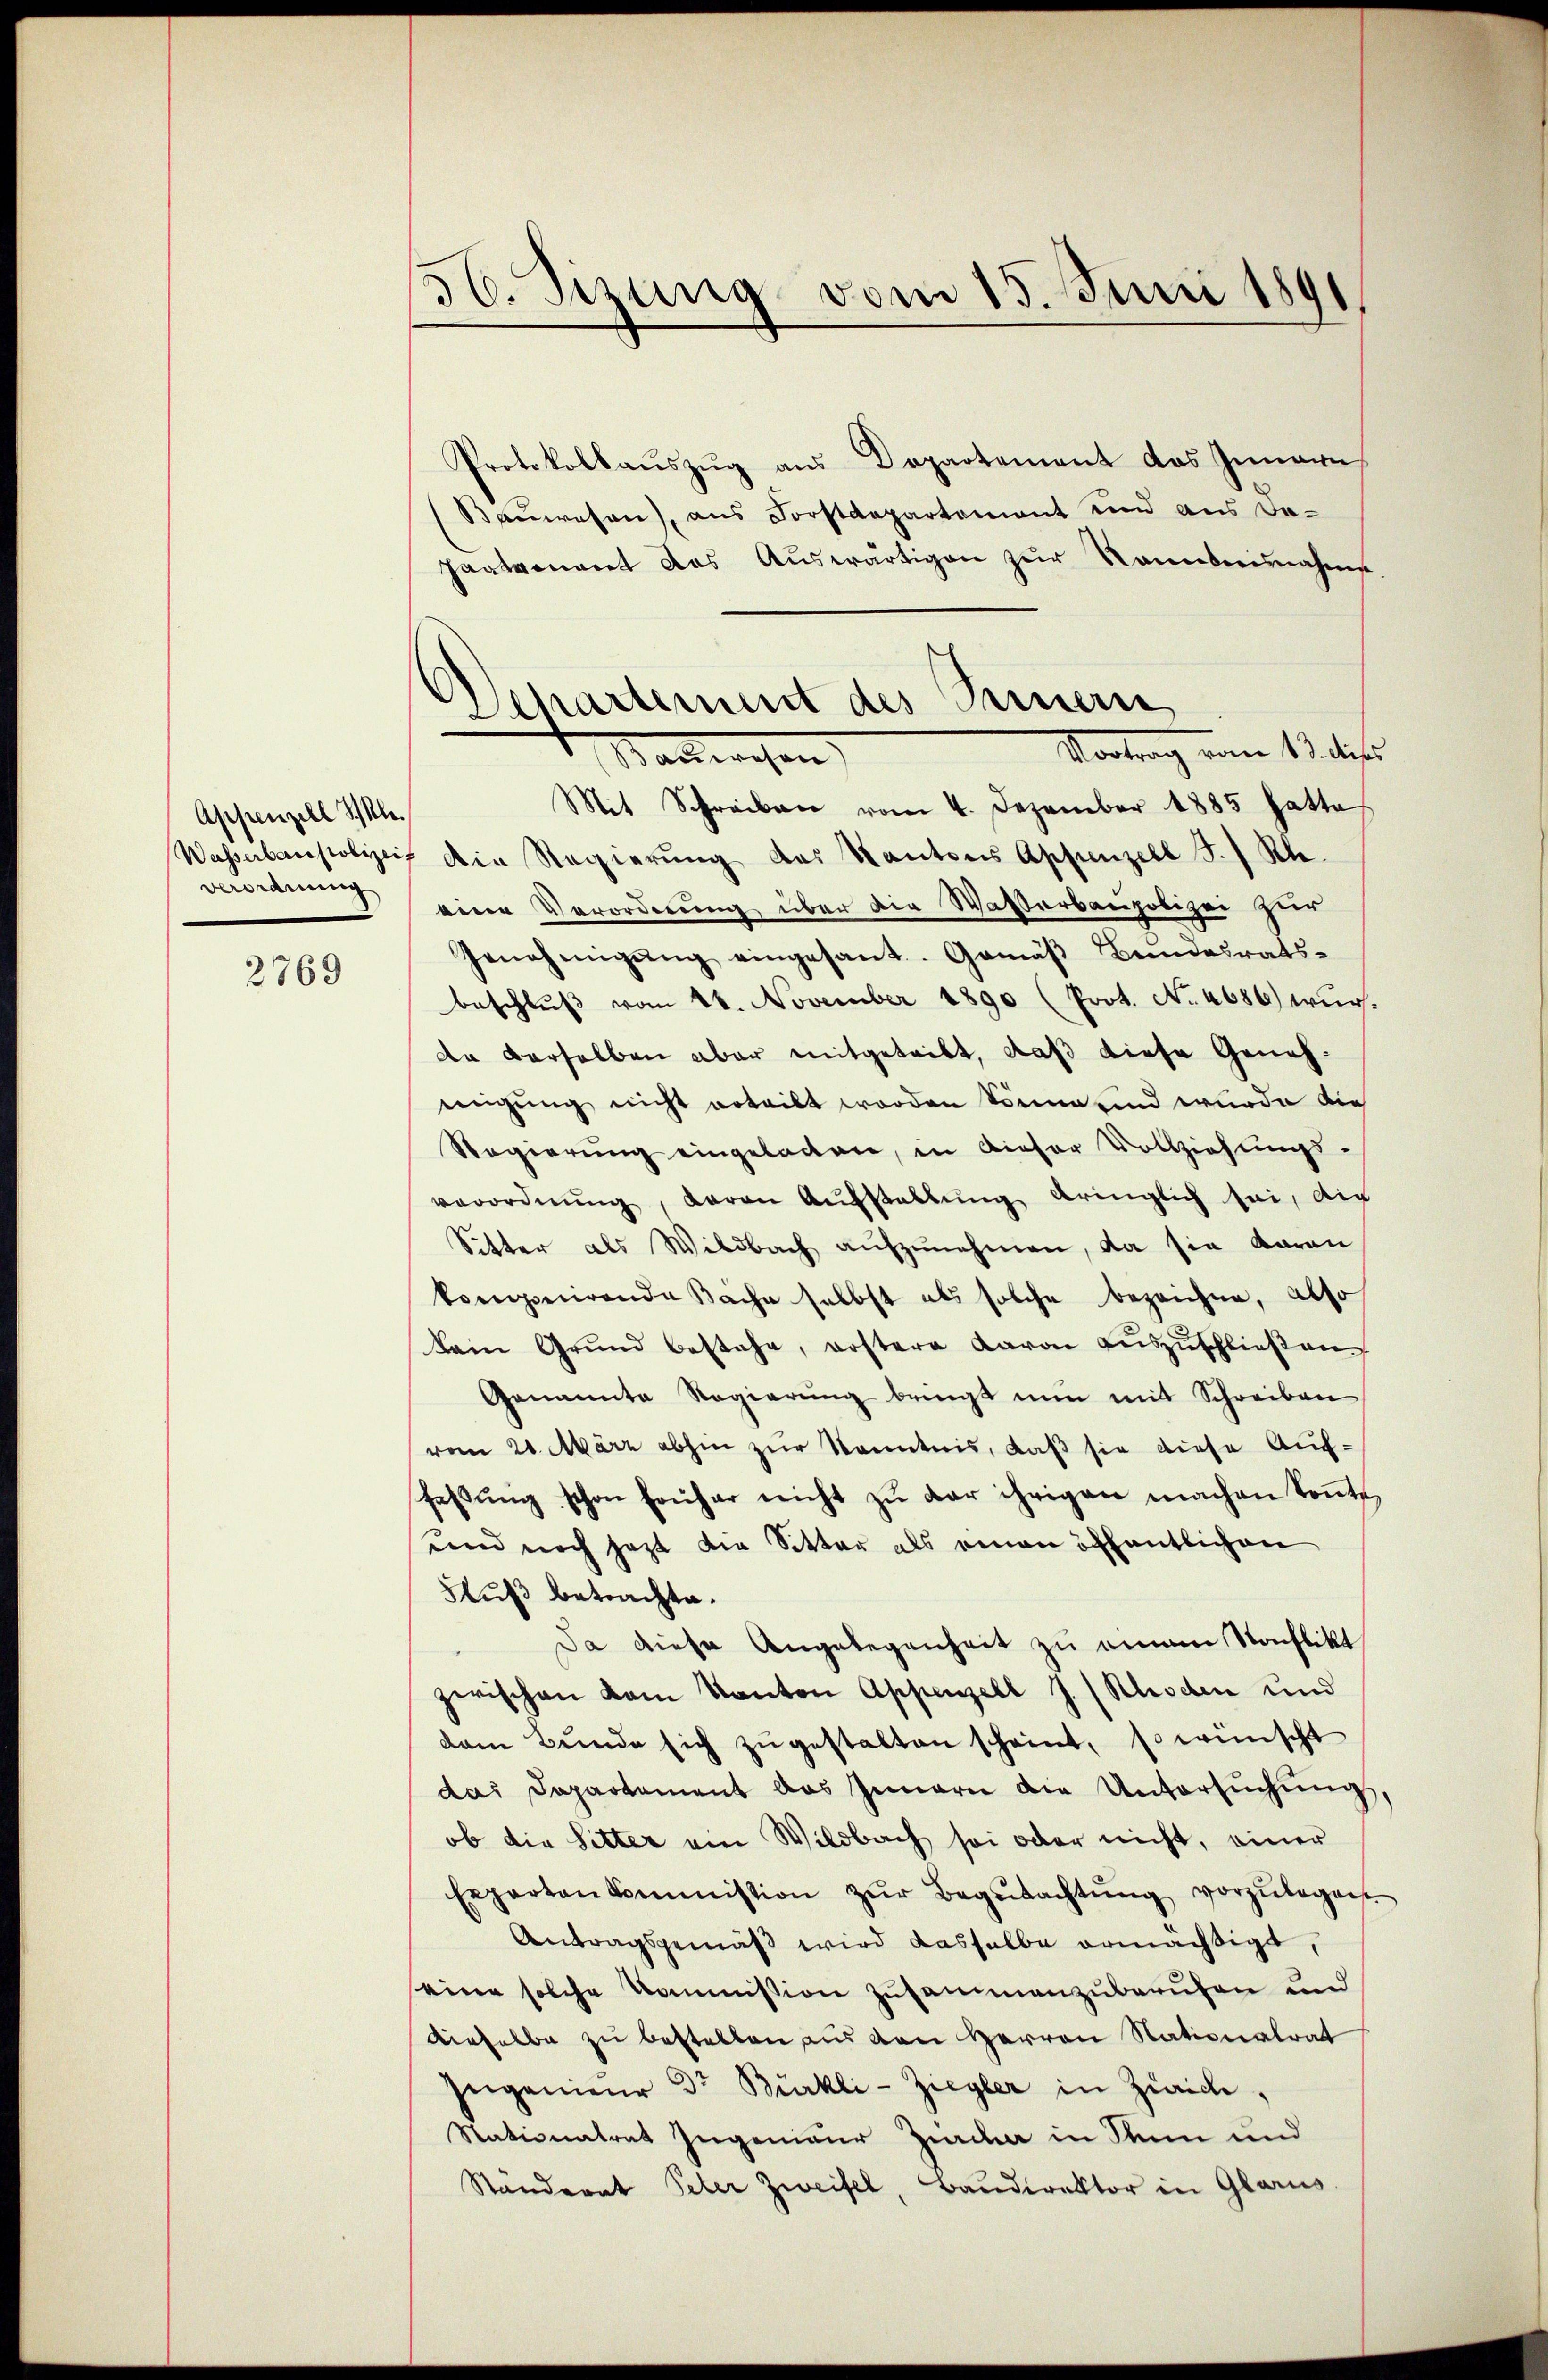
Appenzell I.
Verordnung

2769

56. Sizung vom 15. Juni 1891

Separtement des Fernern,
Vortrag vom 13. dies
Wartwesen |

Protokollaŭszŭg ans Departement das Innern
Bauwesen), aus Forstdepartement und aus dapartement das Auswärtigen zur Sanenbeinnahme
Mit Schreiben vom 4. Dezember 1885 hatte
Wasserbaupolizei die Regierung des Kantons Appenzell J. Rh.
eine Verordnung über die Wasserbaupolizei zur
Genehmigŭng eingesant. Gemäβ Bundesrats-
beschlŭβ vom 14. November 1890 (Prot. No. 4686) wür-
da derselben aber mitgetribt, daß diese Genehmigung nicht erteilt worden könne und wurde die
Regierŭng eingeladen, in dieser Vollziehŭngs-
verordnŭng, daran Aufstellung bringlich sei, die
Sitter als Wildbach aŭfzŭnehmen, da sie daran
kongnirende Bäche selbst als solche bezeichne, also
kain Grŭnd bestehe, erstere Baron Auszuschließen
Genannte Regierŭng bringt nun mit Schreiben
vom 21. März abhin zur Kenntnis, daß sie diese Auffaβŭng schon früher nicht zŭ der ihrigen machen Soṅte
und noch jezt die Sitter als einen öffentlichen
Fuß betrachte.
Da diese Angelegenheit zu einem Konflikt
zwischen kam Kanton Appenzell J. (Kloden und
dam Bŭnde sich zŭgestalten scheint, so wünscht
das Departement das Innern die Untersŭchŭng,
ob die Sitter am Wildbach sei oder nicht, einer
Eeparten kommission zŭr Begŭtachtŭng vorzŭlegen.
Antragsgemäß wird dasselbe ermächtigt,
eine solche Kommission zusammenzuberufen und
dieselbe zu bestellen aus den Herren Nationalrat
Ingenieur Dr Bürkli-Ziegler in Zürich,
Stationatrat zugenieur Zieda in dann und
Ständerat Peter Zweifel, Baŭdirektor in Glarus